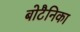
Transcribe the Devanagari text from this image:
बोटैनिका